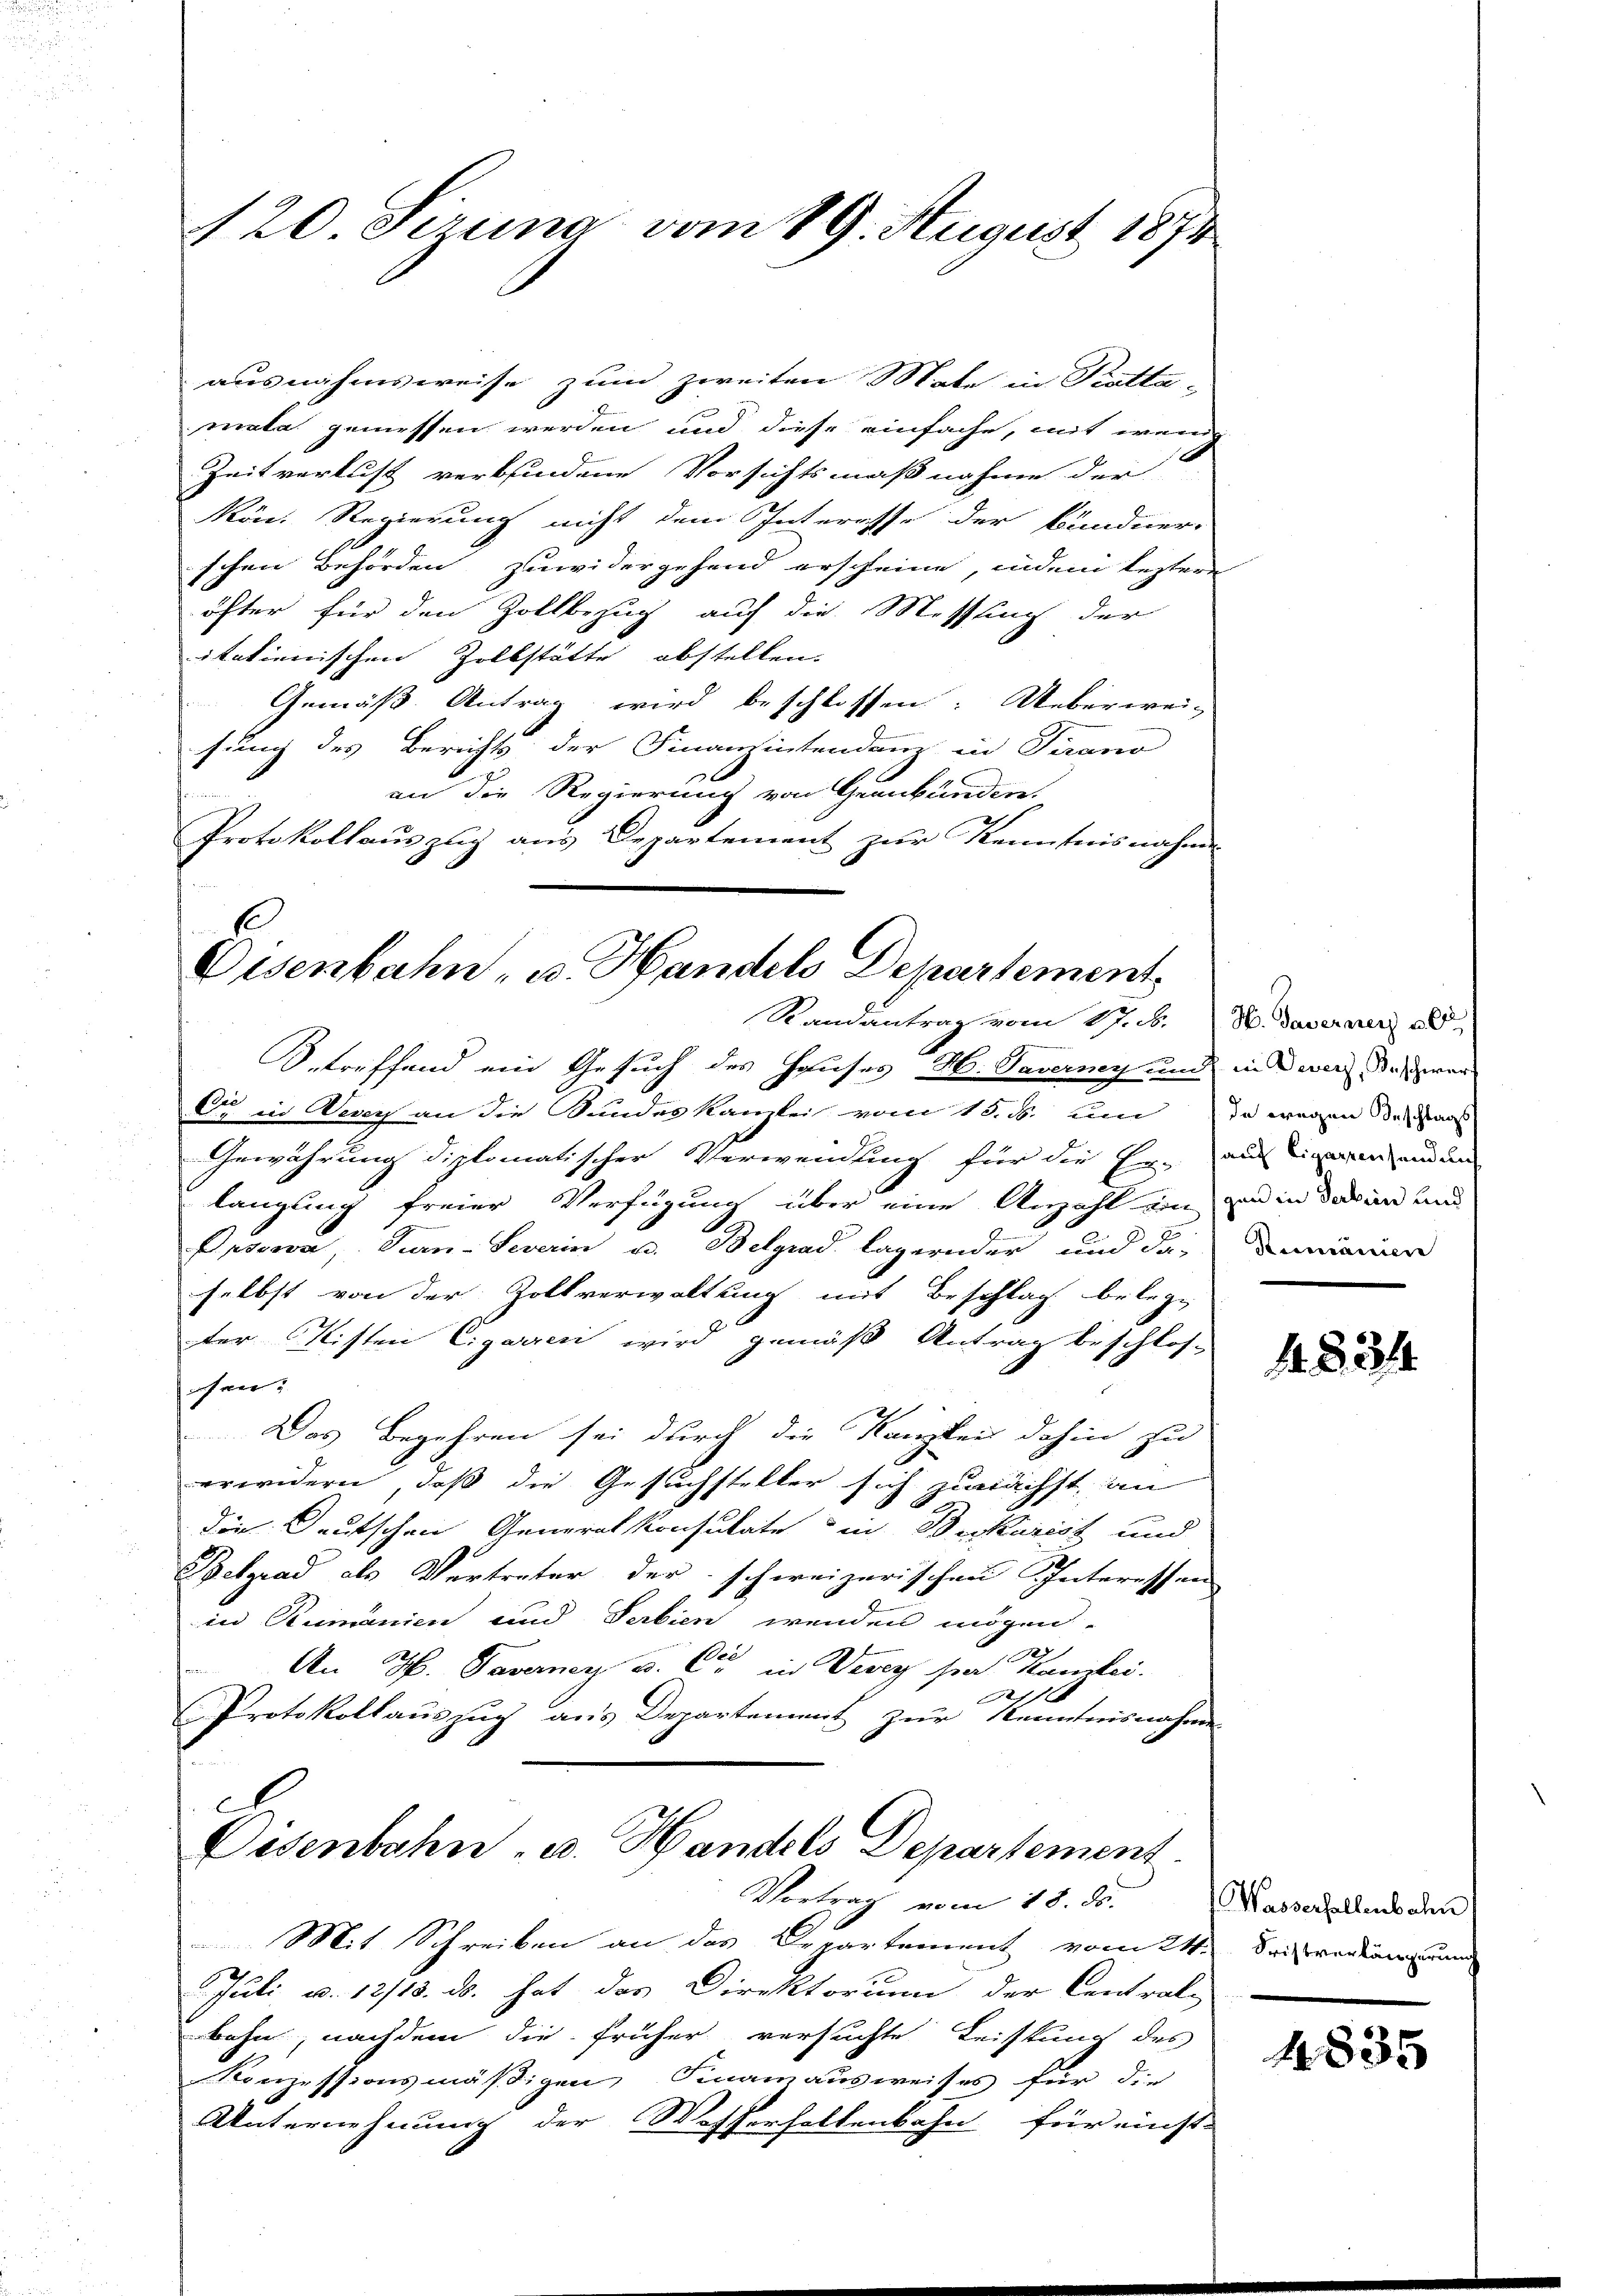
120. Sirung vom 19. August 1871

ausnahmsweise zum zweiten Male in Piotta-
mata gemessen werden und diese einfache, mit wenig
Zeitverlust verbindene Vorsichtsmaßnahme der
kön. Regierung nicht dem Interasse der Bündner
schen Behörden zuwidergehend erscheine, indem leztere
öfter für den Zollbezug auf die Messung der
itationischen Zollstätte abstellen.
Gemäß Antrag wird beschlossen: Ueberwei-
fung des Bericht der Finanzintendenz in Tirano
an die Regierung von Graubünden.
Protokollauszug aus Departement zur Kenntnisnahme

Oisenbahn, u. Handels Departement
Randantrag vom 17. A. H. Taverner a

Betreffend ein Gesuch des Hauses H. Taverney und in Diver des war
de in Vevey an die Kundeskanzlei vom 15. ds. um in wegen der aus
Gewährung diplomatischer Verwendung für die Er ausfinanden
langung freier Verfügung über eine Anzahl ein, wo in das an und
Prsowa, Turn-Severin u. Belgrad Lagernder und das Dominar
selbst von der Zollverwaltung mit Beschlag belegter Kisten Cigarrei wird gemäß Antrag beschlos-
chen.
Das Begehren sei durch die Kanzlei dahin zu
erwidern, daß die Gesuchsteller sich zunächst, an
die Deutschen Generalkonsultate in Bekarist und
Belgrad als Vertreter der schweizerischen Interessen
in Rumänien und Serbien wenden mögen.
7
An H. Taverner v. C.
i in Vevey par Kanzlei.
t
1 f
Protokollauszug aus Departement zur Kenntnisnahmen
A

Eisenbahn- u. Handels Departement
Vortrag vom 18. ds.

Mit Schreiben an das Departement vom 24. Seiraten un
Juli u. 12/18. ds. hat das Direktorum der Central-
bahn, nachdem die früher versuchte Leistung des
Konzessionsmäßigen Finanausweises für die
Unternehmung der Wasserhaltenbahn für einst

1.8.314

Wasserhallenbahn

4835